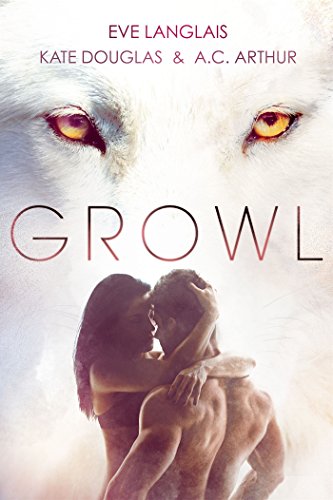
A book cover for Growl; Eve Langlais; Romance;